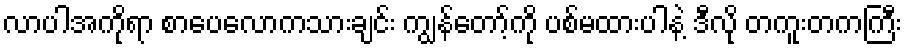
လာပါအကိုရာ စာပေလောကသားချင်း ကျွန်တော့်ကို ပစ်မထားပါနဲ့ ဒီလို တကူးတကကြီး